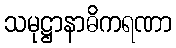
သမုဋ္ဌာနာဓိကရဏာ